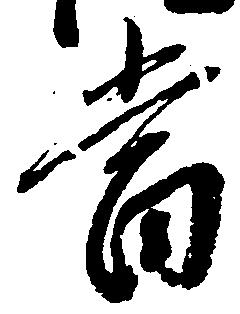
当